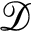
\mathcal { D }